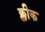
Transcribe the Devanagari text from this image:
क्लीक